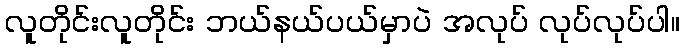
လူတိုင်းလူတိုင်း ဘယ်နယ်ပယ်မှာပဲ အလုပ် လုပ်လုပ်ပါ။